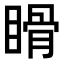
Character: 𥉄